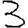
Digit: 3